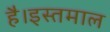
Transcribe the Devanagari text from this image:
है।इस्तमाल